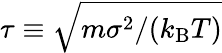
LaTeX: \tau\equiv\sqrt{m\sigma^{2}/(k_{\mathrm{B}}T)}